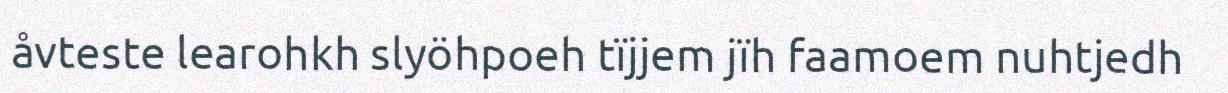
åvteste learohkh slyöhpoeh tïjjem jïh faamoem nuhtjedh